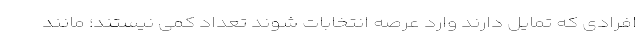
افرادی که تمایل دارند وارد عرصه انتخابات شوند تعداد کمی نیستند؛ مانند